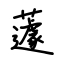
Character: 蘧